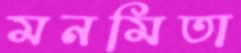
মনমিতা